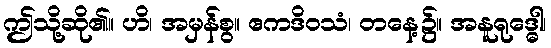
ဤသို့ဆို၏။ ဟိ၊ အမှန်စွ။ ဧကဒိဝသံ၊ တနေ့၌။ အနူရုဒ္ဓေါ၊